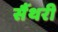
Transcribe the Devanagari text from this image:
सैंथरी